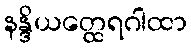
နန္ဒိယတ္ထေရဂါထာ